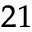
^ { 2 1 }